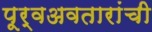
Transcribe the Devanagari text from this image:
पूर्वअवतारांची